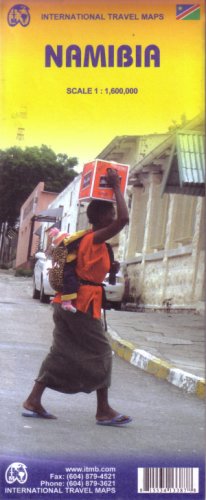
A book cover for Namibia 1:1,600,000-2008***; ITM Canada; Travel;